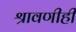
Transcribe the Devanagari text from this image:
श्रावणीही